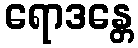
ရောဒန္တေ